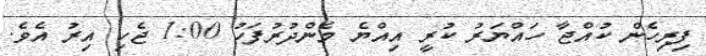
ފިރިހެން ކުއްޖާ ހައްޔަރު ކުރީ އިއްޔެ މެންދުރުފަހު 1:00 ޖެހި އިރު އެވެ.